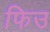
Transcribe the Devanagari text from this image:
फिउ